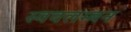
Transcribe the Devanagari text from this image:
स्ववलम्बन